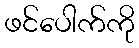
ဖင်ပေါက်ကို